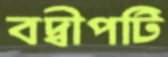
বদ্বীপটি